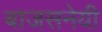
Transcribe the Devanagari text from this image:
बाजसनेयी